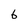
Character: 6